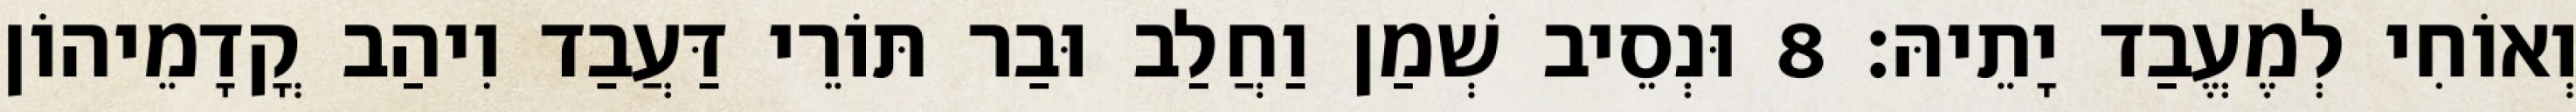
וְאוֹחִי לְמֶעֱבַד יָתֵיהּ׃ 8 וּנְסֵיב שְׁמַן וַחֲלַב וּבַר תּוֹרֵי דַּעֲבַד וִיהַב קֳדָמֵיהוֹן